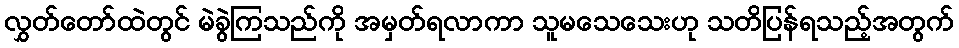
လွှတ်တော်ထဲတွင် မဲခွဲကြသည်ကို အမှတ်ရလာကာ သူမသေသေးဟု သတိပြန်ရသည့်အတွက်